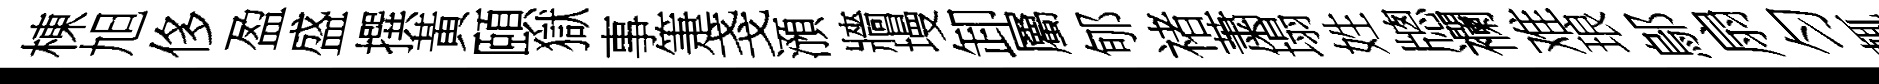
棟旭侈盈盛撰黃頤獄事箑戔澦牆墁卸屬郇禇䔥塌姓牕襴难琅鄔扇匀輒